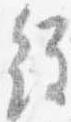
経